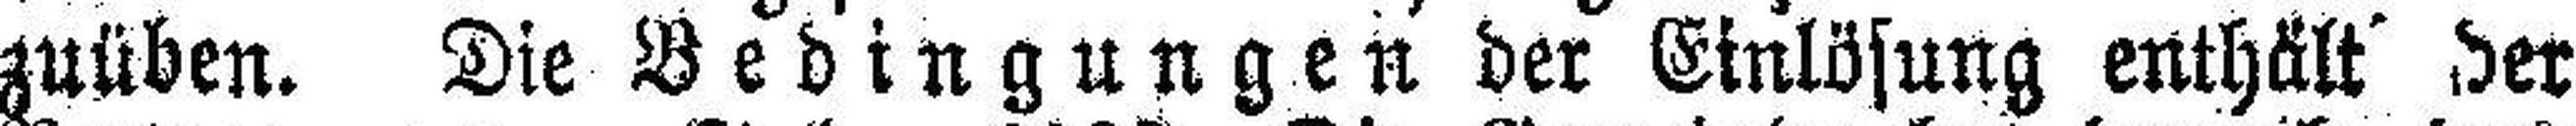
zuüben. Die Bedingungen der Einlösung enthält der